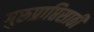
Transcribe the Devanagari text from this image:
गुरुप्राप्तिसाठी